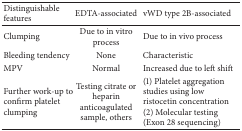
<table><thead><tr><td><b>Distinguishable features </b></td><td><b>EDTA-associated</b></td><td><b>vWD type 2B-associated</b></td></tr></thead><tbody><tr><td>Clumping</td><td>Due to in vitro process</td><td>Due to in vivo process</td></tr><tr><td>Bleeding tendency</td><td>None</td><td>Characteristic</td></tr><tr><td>MPV</td><td>Normal</td><td>Increased due to left shift</td></tr><tr><td>Further work-up to confirm platelet clumping</td><td>Testing citrate or heparin anticoagulated sample, others</td><td>(1) Platelet aggregation studies using low ristocetin concentration(2) Molecular testing (Exon 28 sequencing)</td></tr></tbody></table>